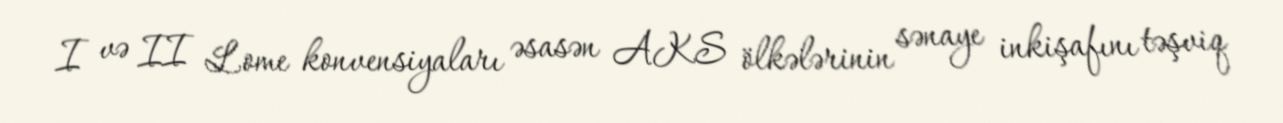
I və II Lome konvensiyaları əsasən AKS ölkələrinin sənaye inkişafını təşviq